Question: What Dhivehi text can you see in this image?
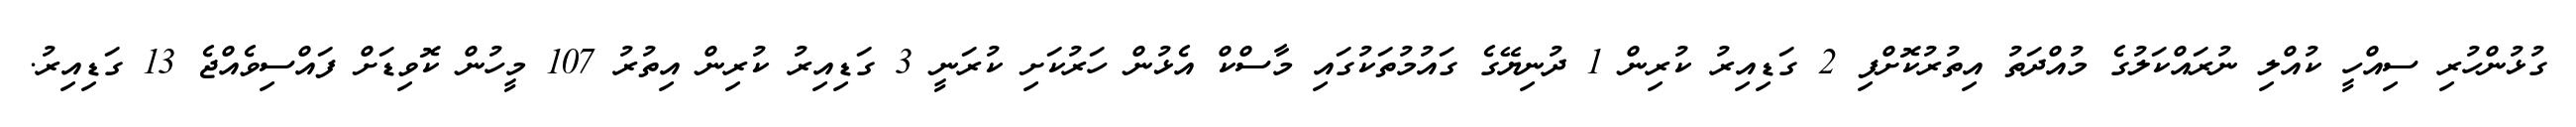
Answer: ގުޅުންހުރި ސިއްހީ ކުއްލި ނުރައްކަލުގެ މުއްދަތު އިތުރުކޮށްފި 2 ގަޑިއިރު ކުރިން 1 ދުނިޔޭގެ ގައުމުތަކުގައި މާސްކް އެޅުން ހަރުކަށި ކުރަނީ 3 ގަޑިއިރު ކުރިން އިތުރު 107 މީހުން ކޮވިޑަށް ފައްސިވެއްޖެ 13 ގަޑިއިރު.